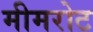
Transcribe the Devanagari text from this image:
मीमरोट